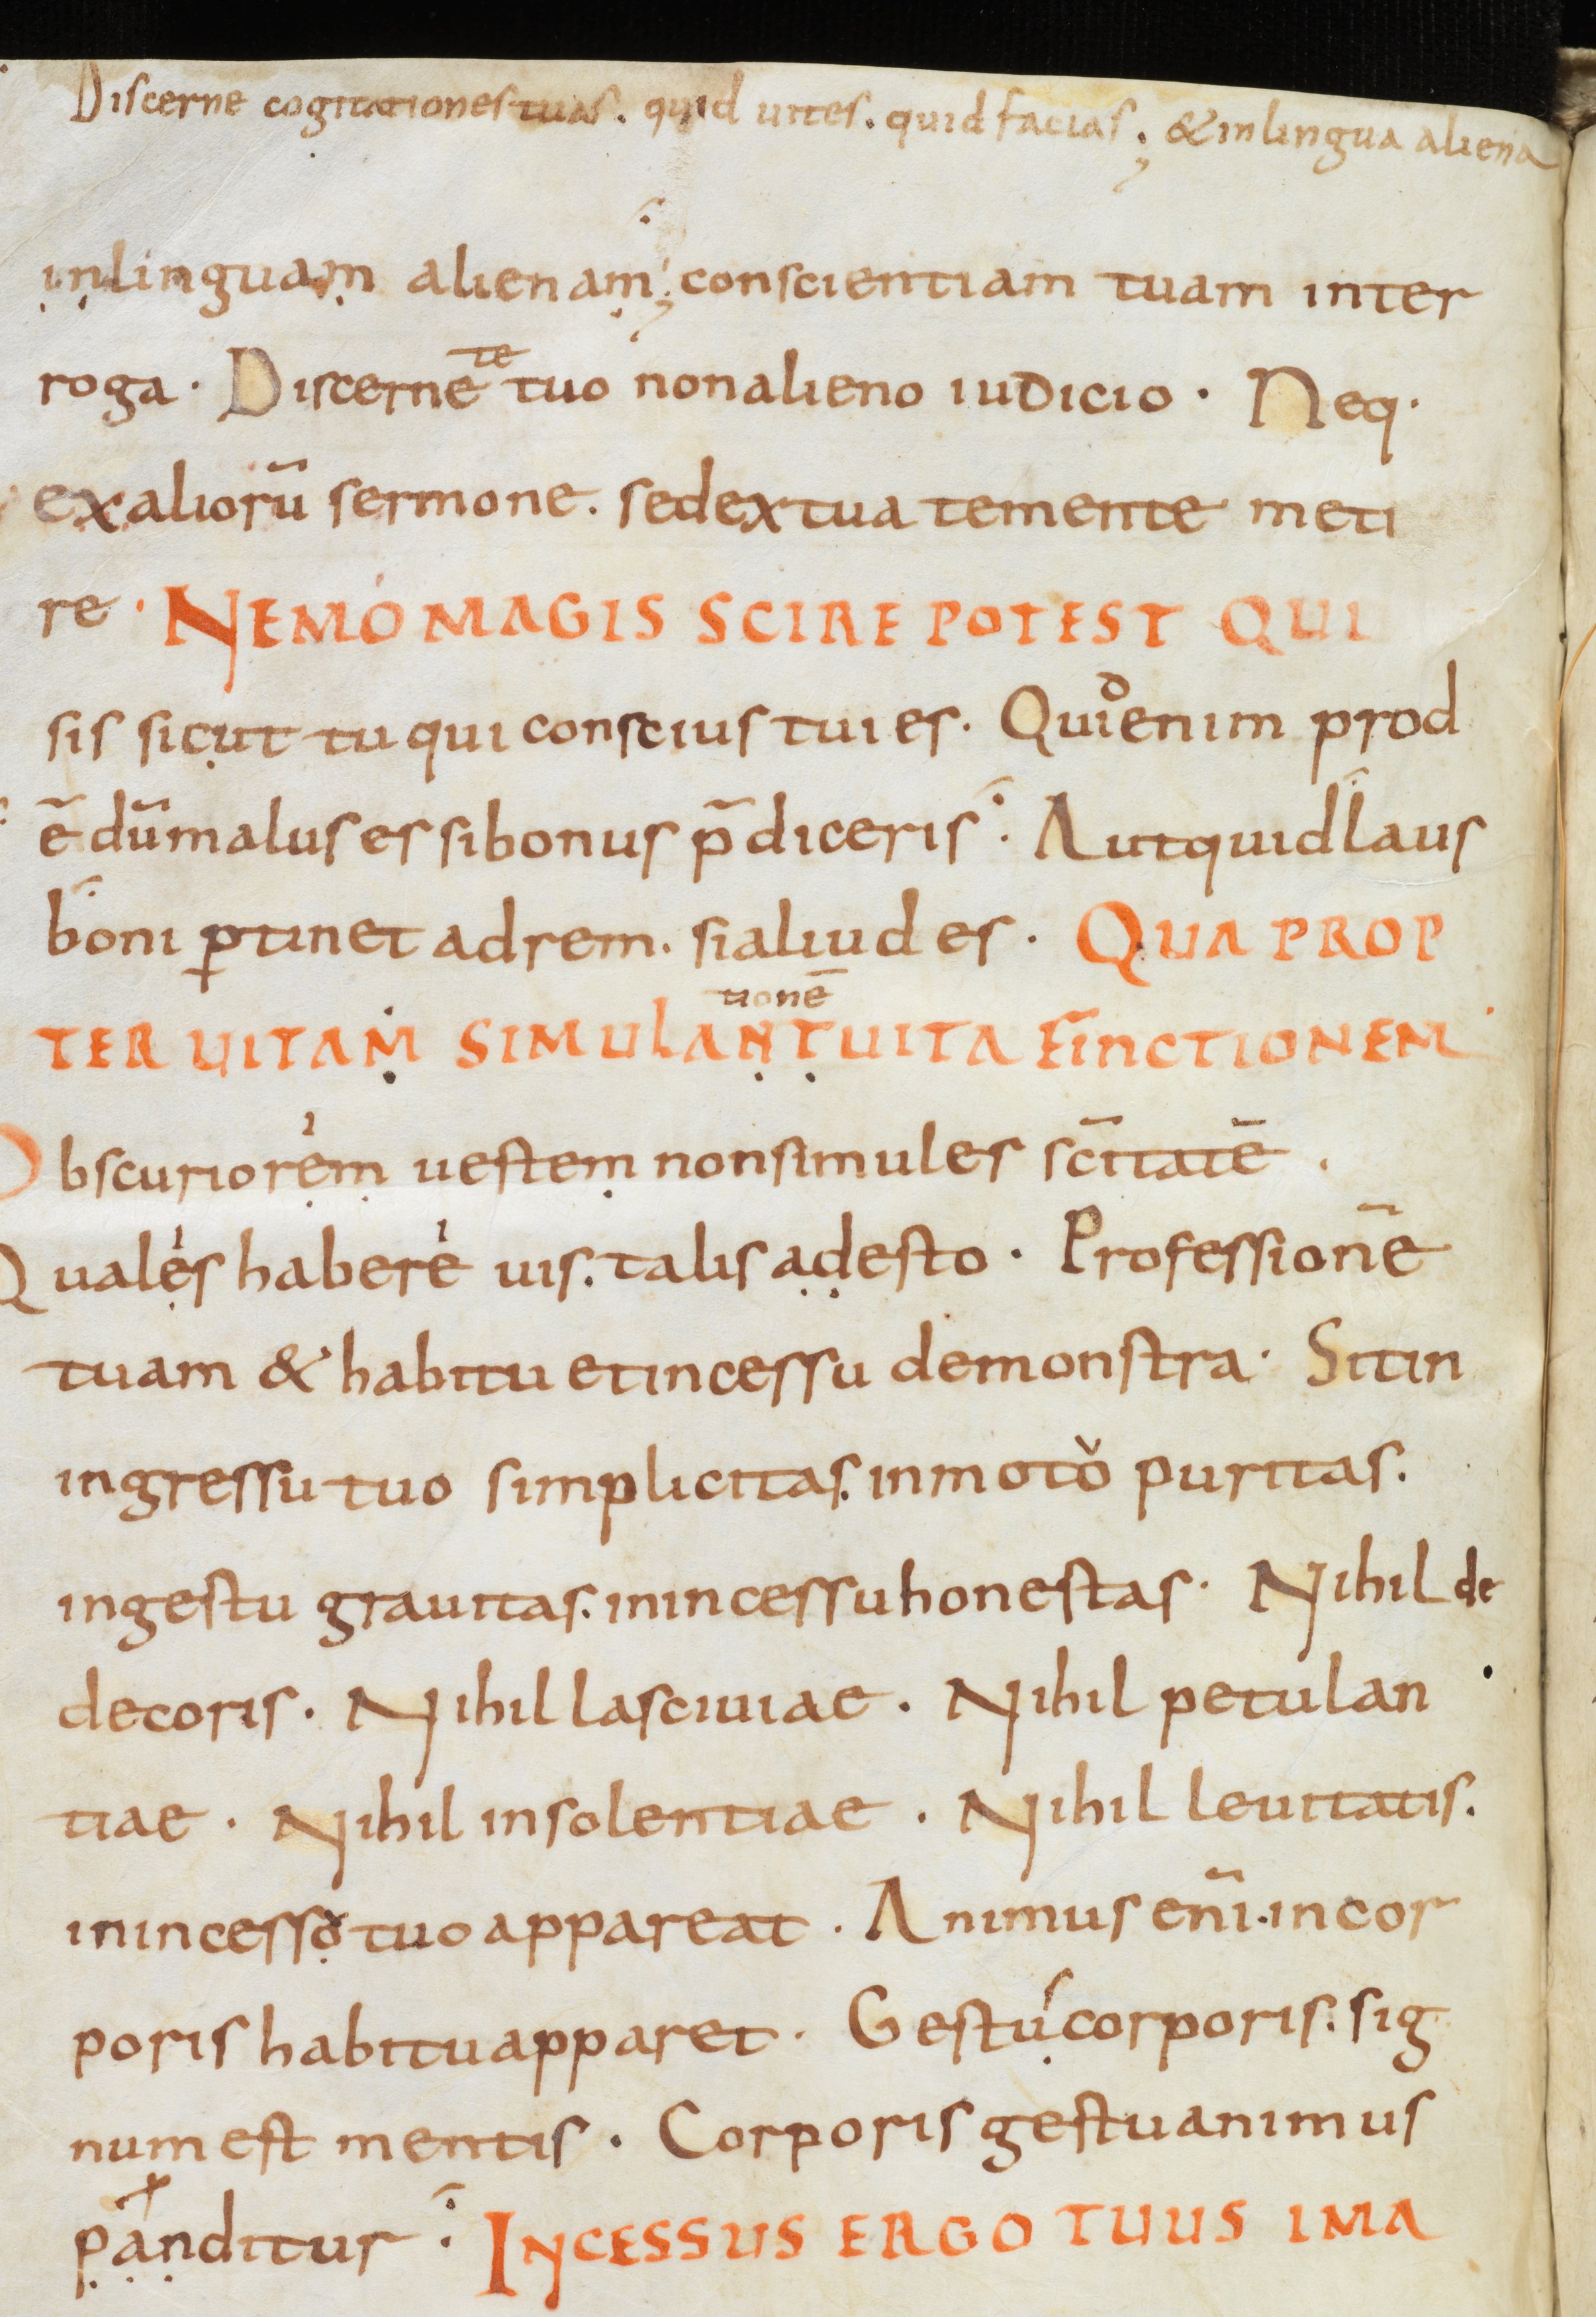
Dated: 866–899